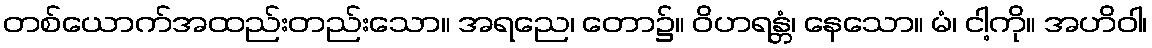
တစ်ယောက်အထည်းတည်းသော။ အရညေ၊ တော၌။ ဝိဟရန္တံ၊ နေသော။ မံ၊ ငါ့ကို။ အဟိဝါ၊